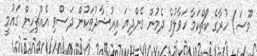
މޫސަ) ހުރާގެ ކޯޗްކަމާ ހަވާލުވެ ދެމުން ގެންދިޔަ އިރުޝާދުތަކުން ދަސްވި އެއްޗިހިން ގައުމީ